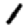
Digit: 1